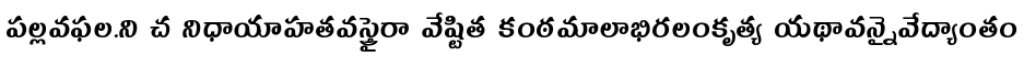
పల్లవఫల.ని చ నిధాయాహతవస్త్రైరా వేష్టిత కంఠమాలాభిరలంకృత్య యథావన్నైవేద్యాంతం